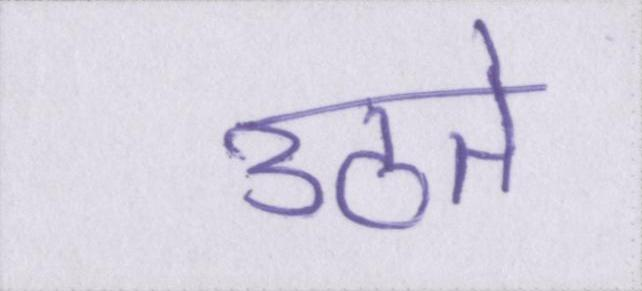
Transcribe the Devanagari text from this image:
उठते